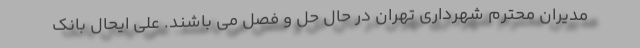
مدیران محترم شهرداری تهران در حال حل و فصل می باشند. علی ایحال بانک